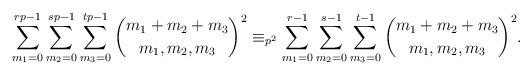
LaTeX: \begin{align*}\sum_{m_1=0}^{rp-1}\sum_{m_2=0}^{sp-1}\sum_{m_3=0}^{tp-1}\binom{m_1+m_2+m_3}{m_1,m_2,m_3}^2\equiv_{p^2} \sum_{m_1=0}^{r-1}\sum_{m_2=0}^{s-1}\sum_{m_3=0}^{t-1}\binom{m_1+m_2+m_3}{m_1,m_2,m_3}^2.\end{align*}